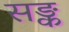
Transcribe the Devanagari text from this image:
सङ्क